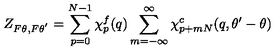
Z _ { F \theta , F \theta ^ { ' } } = \sum _ { p = 0 } ^ { N - 1 } \chi _ { p } ^ { f } ( q ) \sum _ { m = - \infty } ^ { \infty } \chi _ { p + m N } ^ { c } ( q , \theta ^ { \prime } - \theta )